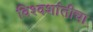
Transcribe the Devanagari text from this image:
विश्वशांतीचा